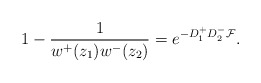
\begin{align*}1 - \frac 1 {w^+ (z_1) w^- (z_2)}= e^{-D^+_1 D^-_2 {\cal F}}.\end{align*}